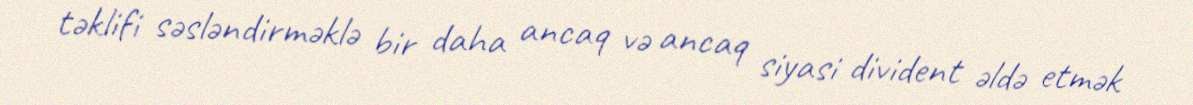
təklifi səsləndirməklə bir daha ancaq və ancaq siyasi divident əldə etmək